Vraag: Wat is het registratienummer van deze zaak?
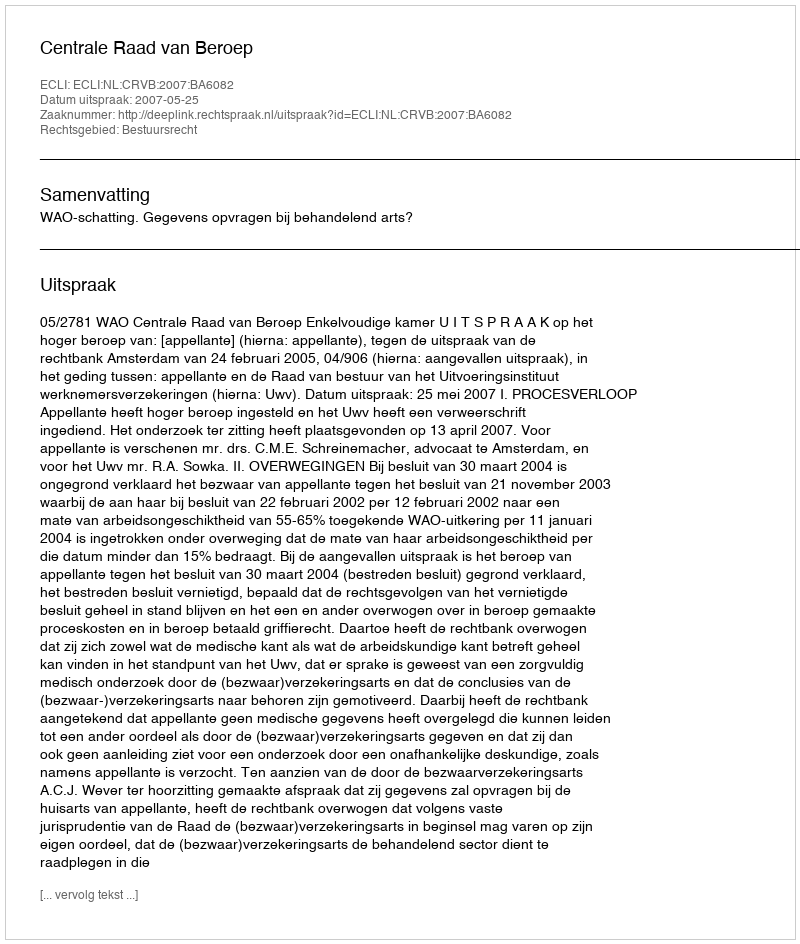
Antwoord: http://deeplink.rechtspraak.nl/uitspraak?id=ECLI:NL:CRVB:2007:BA6082